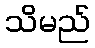
သိမည်